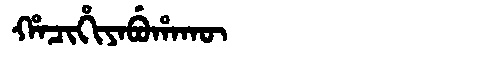
Manchu: ᡥᠠᠴᡳᡥᡳᠶᠠᠪᡠᡥᠠᡴᡡ
Romanization: HACIHIYABUHAKŪ